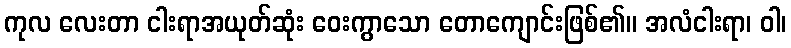
ကုလ လေးတာ ငါးရာအယုတ်ဆုံး ဝေးကွာသော တောကျောင်းဖြစ်၏။ အလံငါးရာ၊ ဝါ၊